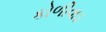
કોળીવાડ